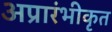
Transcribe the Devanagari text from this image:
अप्रारंभीकृत